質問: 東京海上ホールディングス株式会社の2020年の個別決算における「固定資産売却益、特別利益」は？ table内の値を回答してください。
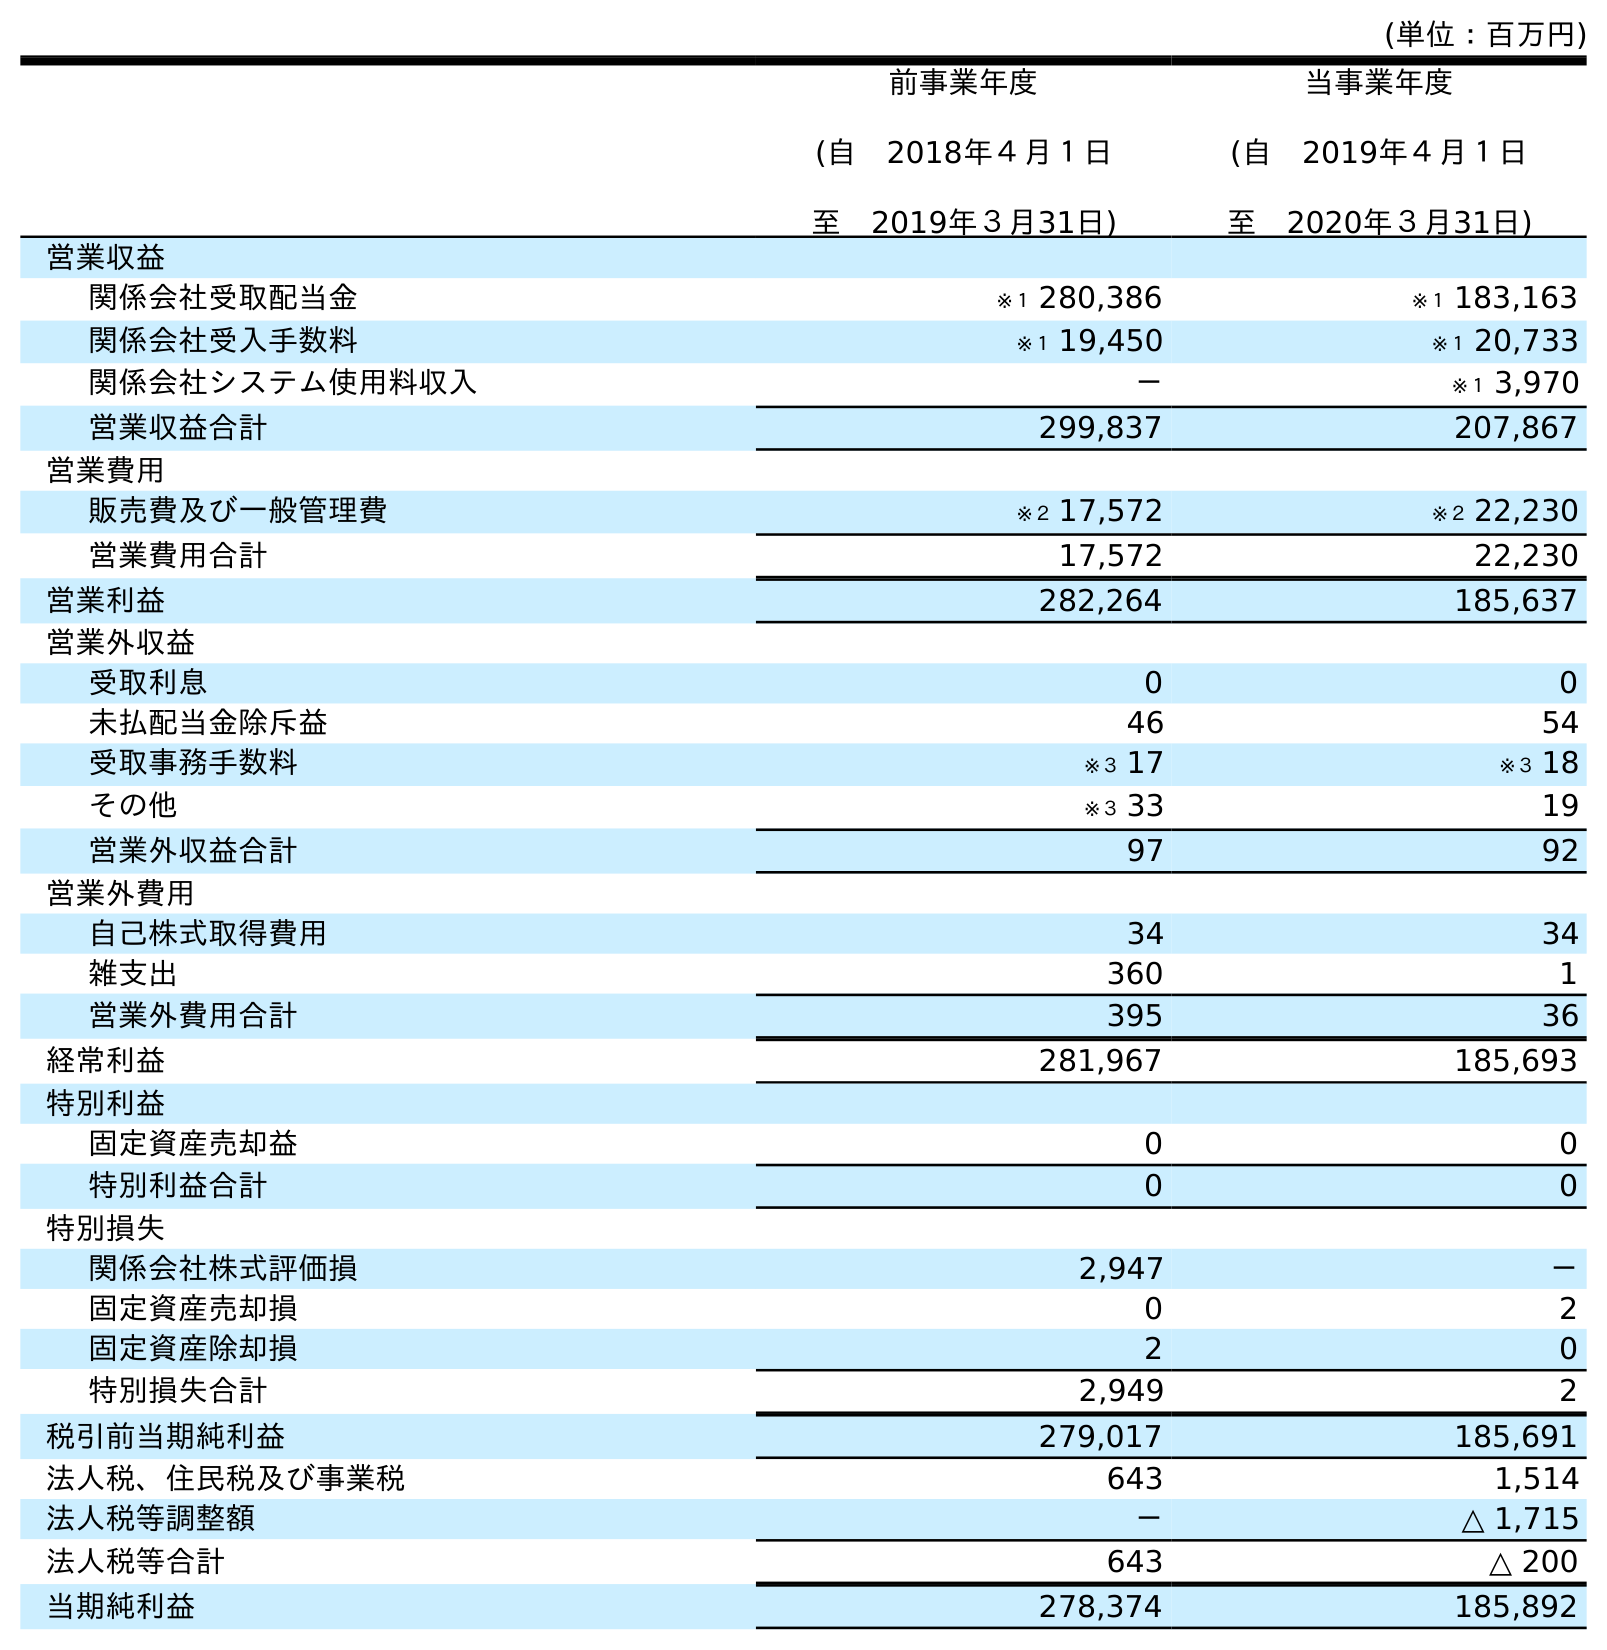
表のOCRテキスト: (単位：百万円) 前事業年度 (自 2018年４月１日 至 2019年３月31日) 当事業年度 (自 2019年４月１日 至 2020年３月31日) 営業収益 関係会社受取配当金 ※１ 280,386 ※１ 183,163 関係会社受入手数料 ※１ 19,450 ※１ 20,733 関係会社システム使用料収入 － ※１ 3,970 営業収益合計 299,837 207,867 営業費用 販売費及び一般管理費 ※２ 17,572 ※２ 22,230 営業費用合計 17,572 22,230 営業利益 282,264 185,637 営業外収益 受取利息 0 0 未払配当金除斥益 46 54 受取事務手数料 ※３ 17 ※３ 18 その他 ※３ 33 19 営業外収益合計 97 92 営業外費用 自己株式取得費用 34 34 雑支出 360 1 営業外費用合計 395 36 経常利益 281,967 185,693 特別利益 固定資産売却益 0 0 特別利益合計 0 0 特別損失 関係会社株式評価損 2,947 － 固定資産売却損 0 2 固定資産除却損 2 0 特別損失合計 2,949 2 税引前当期純利益 279,017 185,691 法人税、住民税及び事業税 643 1,514 法人税等調整額 － △ 1,715 法人税等合計 643 △ 200 当期純利益 278,374 185,892
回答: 0